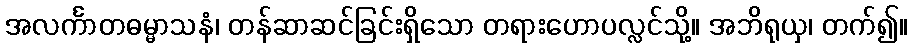
အလင်္ကာတဓမ္မာသနံ၊ တန်ဆာဆင်ခြင်းရှိသော တရားဟောပလ္လင်သို့။ အဘိရုယှ၊ တက်၍။